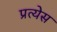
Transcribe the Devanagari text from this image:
प्रत्येस